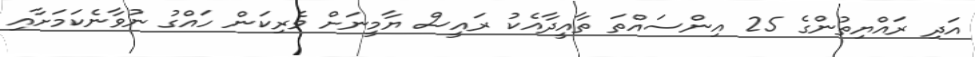
އަދި ރައްޔިތުންގެ 25 އިންސައްތަ ތާއީދާއެކު ރައީސް ޔާމީނަށް ވެރިކަން ހައްގު ނުވާނެކަމަށާއި